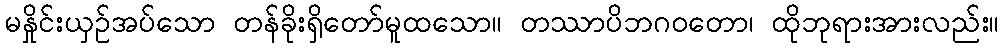
မနှိုင်းယှဉ်အပ်သော တန်ခိုးရှိတော်မူထသော။ တဿာပိဘဂဝတော၊ ထိုဘုရားအားလည်း။